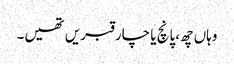
وہاں چھ،پانچ یا چار قبریں تھیں۔